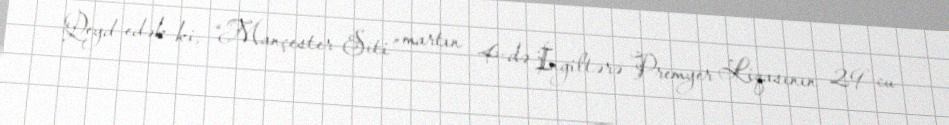
Qeyd edək ki, “Mançester Siti” martın 4-də İngiltərə Premyer Liqasının 29-cu